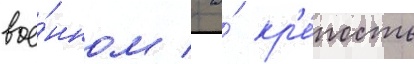
вое́нном / а́ кр'е́пость